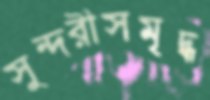
সুন্দরীসমৃদ্ধ